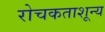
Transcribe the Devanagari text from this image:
रोचकताशून्य